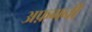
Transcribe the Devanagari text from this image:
अफ़्गनी